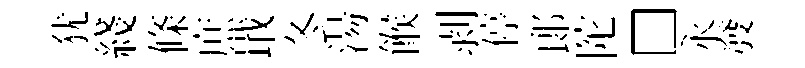
犹綫條庶戢冬湯餱剥停郞陀□永發